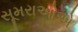
સૂમરાઓએ